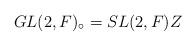
LaTeX: \begin{align*} GL(2,F)_{\circ} = SL(2,F) Z \end{align*}